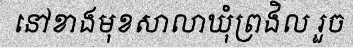
នៅខាងមុខសាលាឃុំព្រងិល រួច